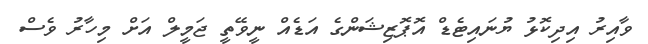
ވާއިރު އިދިކޮޅު ޔުނައިޓެޑް އޮޕޮޒިޝަންގެ އަޑެއް ނީވޭތީ ޖަމީލް އަށް މިހާރު ވެސް